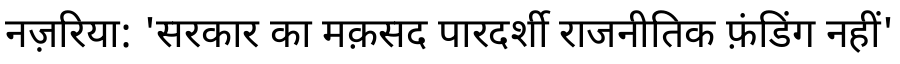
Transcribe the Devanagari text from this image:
नज़रिया: 'सरकार का मक़सद पारदर्शी राजनीतिक फ़ंडिंग नहीं'